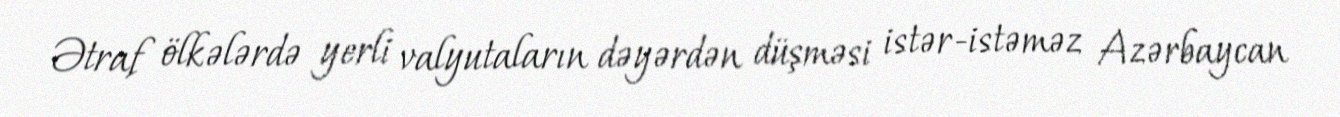
Ətraf ölkələrdə yerli valyutaların dəyərdən düşməsi istər-istəməz Azərbaycan